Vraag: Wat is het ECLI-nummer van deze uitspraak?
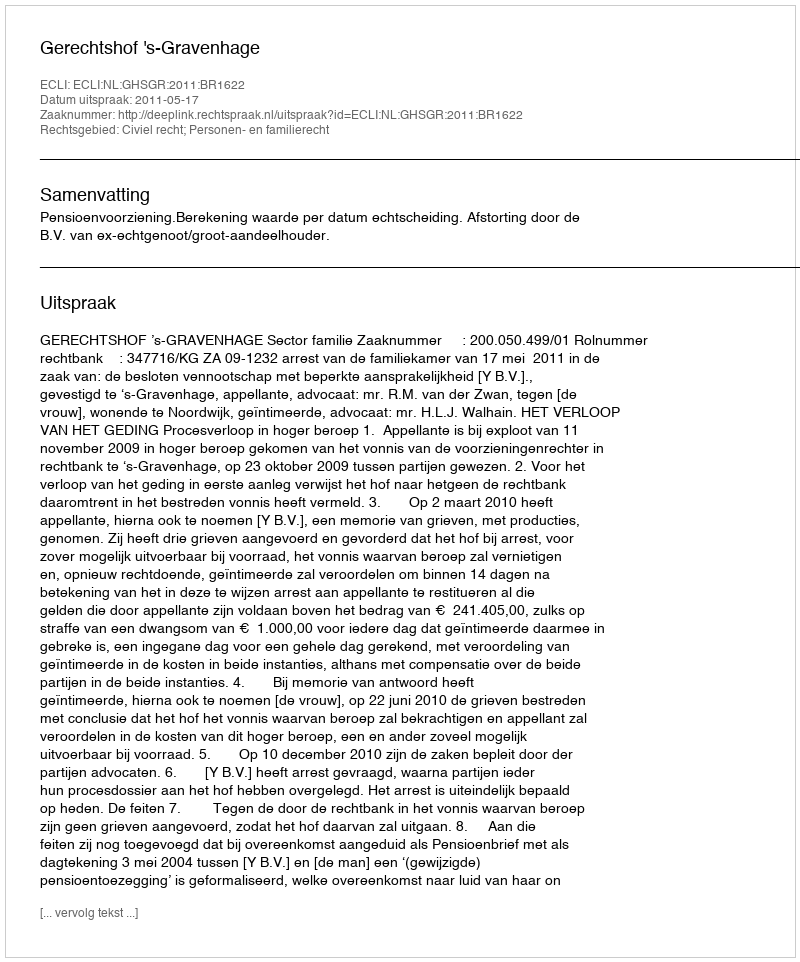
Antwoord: ECLI:NL:GHSGR:2011:BR1622